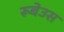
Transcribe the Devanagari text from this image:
रूबेउस